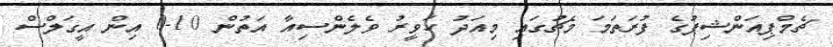
ޗެމްޕިއަންޝިޕުގެ ފުރަތަމަ މެޗުގައި މިއަދު ހަވީރު ވެލެންސިއާ އަތުން 10-0 އިން އީގަލްސް